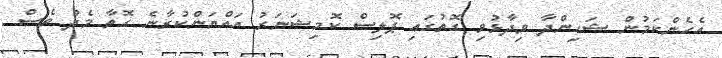
އެހެންކަމުން ޝަހިންދާ ވިދާޅުވި ގޮތުގައި ޕޮލިސް ކޮމިޝަނަރު އައްޔަންކުރާނެ ގޮތާ މެދު ވެސް